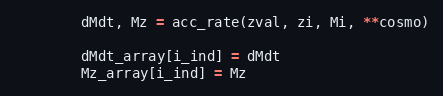
Language: Python
        dMdt, Mz = acc_rate(zval, zi, Mi, **cosmo)

        dMdt_array[i_ind] = dMdt
        Mz_array[i_ind] = Mz